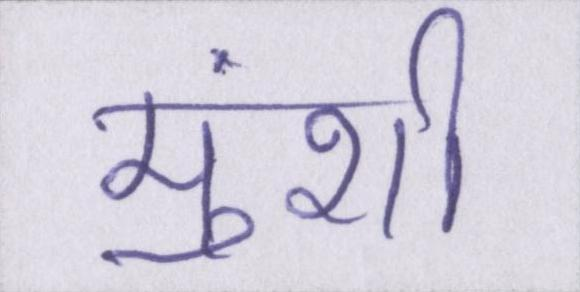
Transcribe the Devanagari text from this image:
मुंशी